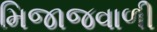
મિજાજવાળી